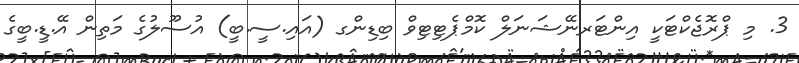
3. މި ޕްރޮޖެކްޓަކީ އިންޓަރނޭޝަނަލް ކޮމްޕެޓިޓިވް ބިޑިންގ (އައި.ސީ.ބީ) އުސޫލުގެ މަތިން އޭ.ޑީ.ބީގެ